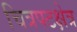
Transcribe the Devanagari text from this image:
चित्रपटक्षेत्र